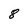
Character: 8